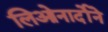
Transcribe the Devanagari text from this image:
लिओनार्दोने